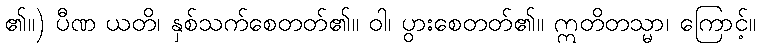
၏။) ပီဏ ယတိ၊ နှစ်သက်စေတတ်၏။ ဝါ၊ ပွားစေတတ်၏။ ဣတိတသ္မာ၊ ကြောင့်။